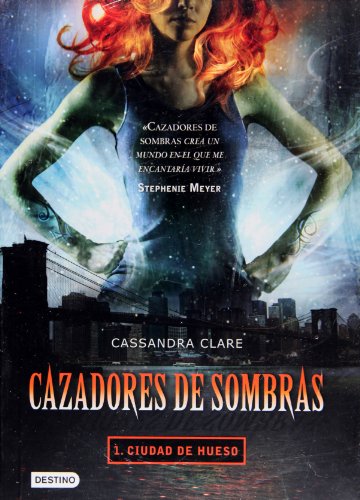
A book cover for Cazadores de sombras 1. Ciudad de hueso (Isla del Tiempo) (Spanish Edition); Cassandra Clare; Teen & Young Adult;